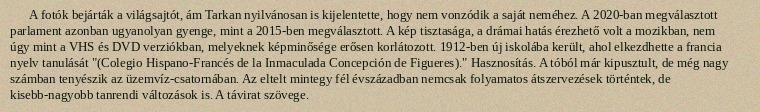
A fotók bejárták a világsajtót, ám Tarkan nyilvánosan is kijelentette, hogy nem vonzódik a saját neméhez. A 2020-ban megválasztott parlament azonban ugyanolyan gyenge, mint a 2015-ben megválasztott. A kép tisztasága, a drámai hatás érezhető volt a mozikban, nem úgy mint a VHS és DVD verziókban, melyeknek képminősége erősen korlátozott. 1912-ben új iskolába került, ahol elkezdhette a francia nyelv tanulását "(Colegio Hispano-Francés de la Inmaculada Concepción de Figueres)." Hasznosítás. A tóból már kipusztult, de még nagy számban tenyészik az üzemvíz-csatornában. Az eltelt mintegy fél évszázadban nemcsak folyamatos átszervezések történtek, de kisebb-nagyobb tanrendi változások is. A távirat szövege.